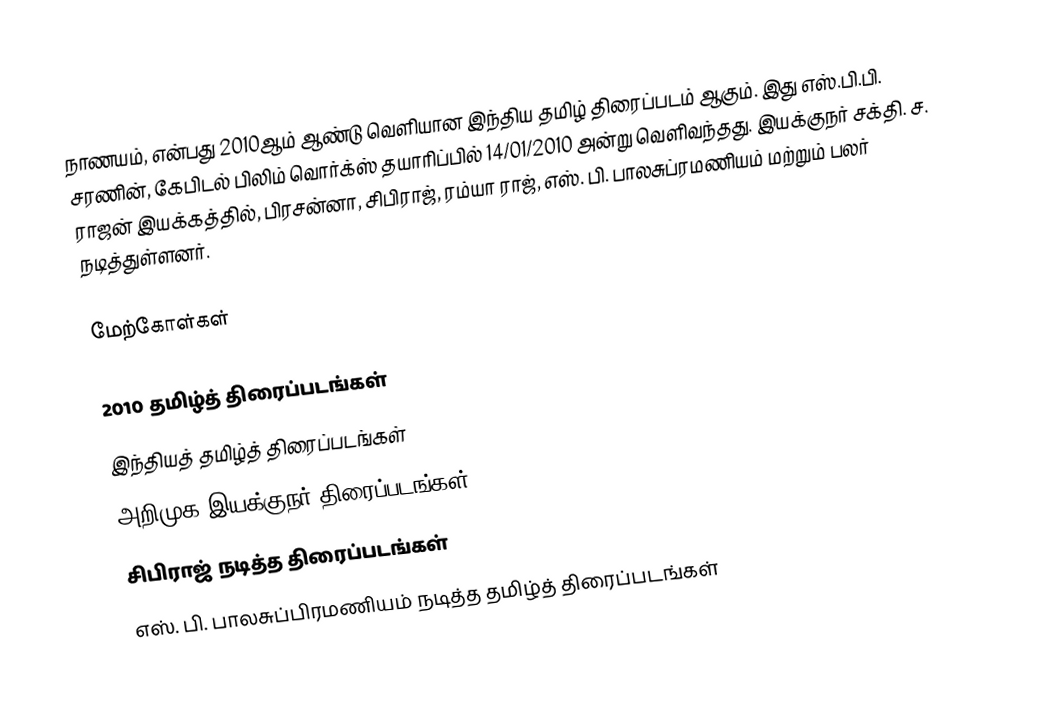
நாணயம், என்பது 2010ஆம் ஆண்டு வெளியான இந்திய தமிழ் திரைப்படம் ஆகும். இது எஸ்.பி.பி. சரணின், கேபிடல் பிலிம் வொர்க்ஸ் தயாரிப்பில் 14/01/2010 அன்று வெளிவந்தது. இயக்குநர் சக்தி. ச. ராஜன் இயக்கத்தில், பிரசன்னா, சிபிராஜ், ரம்யா ராஜ், எஸ். பி. பாலசுப்ரமணியம் மற்றும் பலர் நடித்துள்ளனர்.

மேற்கோள்கள்

2010 தமிழ்த் திரைப்படங்கள்
இந்தியத் தமிழ்த் திரைப்படங்கள்
அறிமுக இயக்குநர் திரைப்படங்கள்
சிபிராஜ் நடித்த திரைப்படங்கள்
எஸ். பி. பாலசுப்பிரமணியம் நடித்த தமிழ்த் திரைப்படங்கள்